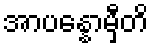
အာပန္နောမှီတိ